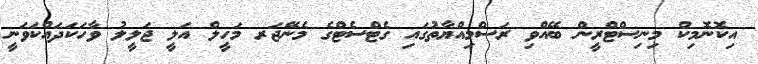
އިކޮނޮމިކް މިނިސްޓްރީން ބޭއްވި ރަސްމިއްޔާތުގައި ގެޓްސެޓްގެ މެނޭޖަރ މަހީލް އަލީ ޖަލީލު ވާހަކަދައްކަވަނީ